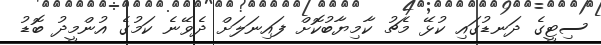
ސިޓީގެ ދަނޑުގައި ކުޅޭ މެޗު ކާމިޔާބުކޮށް ފައިނަލަށް ދެވޭނެ ކަމުގެ އުންމީދު ބޮޑު